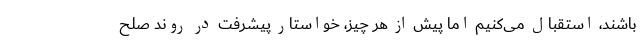
باشند، استقبال می‌کنیم اما پیش از هر چیز، خواستار پیشرفت در روند صلح